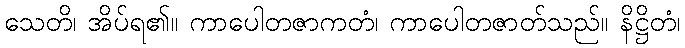
သေတိ၊ အိပ်ရ၏။ ကာပေါတဇာကတံ၊ ကာပေါတဇာတ်သည်။ နိဋ္ဌိတံ၊